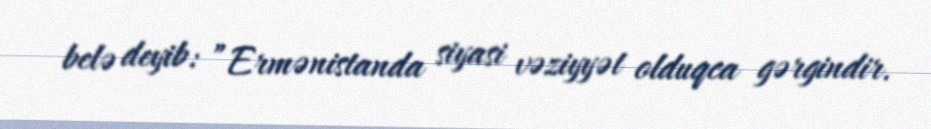
belə deyib: ”Ermənistanda siyasi vəziyyət olduqca gərgindir.